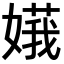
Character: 𪦙